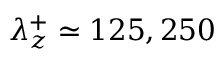
\lambda _ { z } ^ { + } \simeq 1 2 5 , 2 5 0